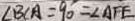
\angle B C A = 9 0 = \angle A F E